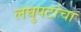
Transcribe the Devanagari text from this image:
लघुपटांचा